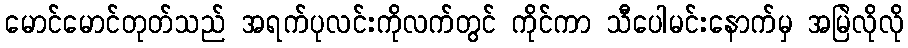
မောင်မောင်တုတ်သည် အရက်ပုလင်းကိုလက်တွင် ကိုင်ကာ သီပေါမင်းနောက်မှ အမြဲလိုလို